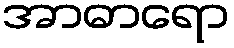
အာဓာရော